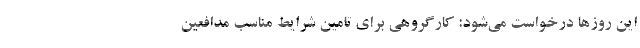
این روزها درخواست می‌شود: کارگروهی برای تامین شرایط مناسب مدافعین